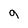
Character: g